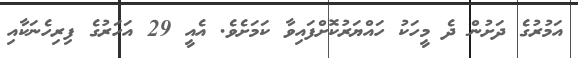
އަމުރުގެ ދަށުން ދެ މީހަކު ހައްޔަރުކޮށްފައިވާ ކަމަށެވެ. އެއީ 29 އަހަރުގެ ފިރިހެނަކާއި